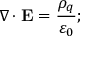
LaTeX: \nabla \cdot \mathbf { E } = { \frac { \rho _ { q } } { \varepsilon _ { 0 } } } ;